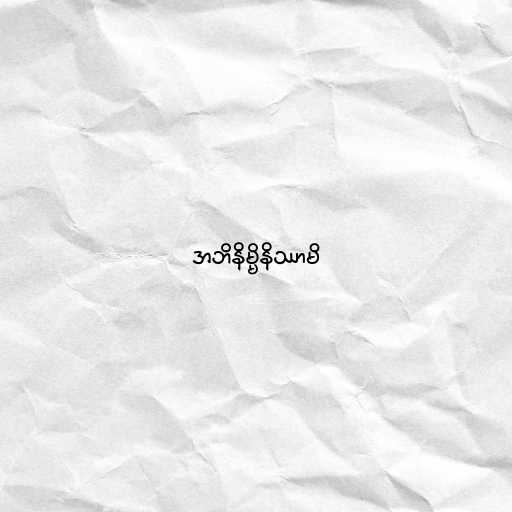
အဘိနိမ္မိနိဿာမိ